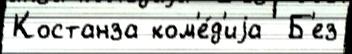
Костанза ком'е́д'иjа  Б'ез